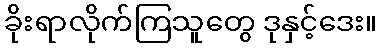
ခိုးရာလိုက်ကြသူတွေ ဒုနှင့်ဒေး။